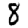
Digit: 8